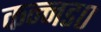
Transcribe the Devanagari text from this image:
कन्नड०